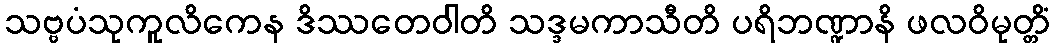
သဗ္ဗပံသုကူလိကေန ဒိဿတေဝါတိ သဒ္ဒမကာသီတိ ပရိဘဏ္ဍာနိ ဖလဝိမုတ္တိံ